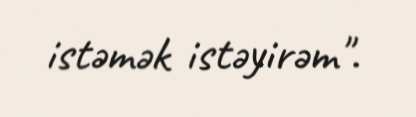
istəmək istəyirəm".